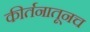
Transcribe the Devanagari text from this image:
कीर्तनातूनच